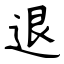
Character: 退